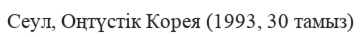
Сеул, Оңтүстік Корея (1993, 30 тамыз)